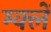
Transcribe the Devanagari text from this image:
म्क्लेँ